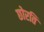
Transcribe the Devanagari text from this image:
छोरति